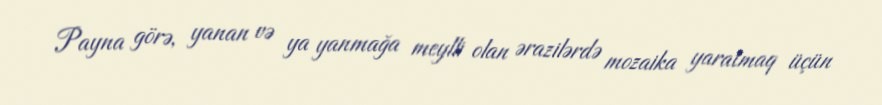
Payna görə, yanan və ya yanmağa meylli olan ərazilərdə mozaika yaratmaq üçün